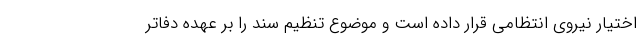
اختیار نیروی انتظامی قرار داده است و موضوع تنظیم سند را بر عهده دفاتر